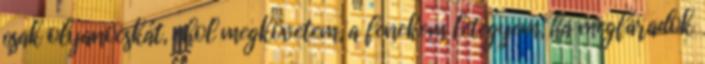
csak olyanocskát, ahol megkövetem, a fenekem letegyem, ha megfáradok